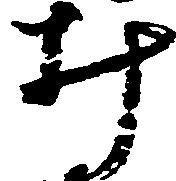
み